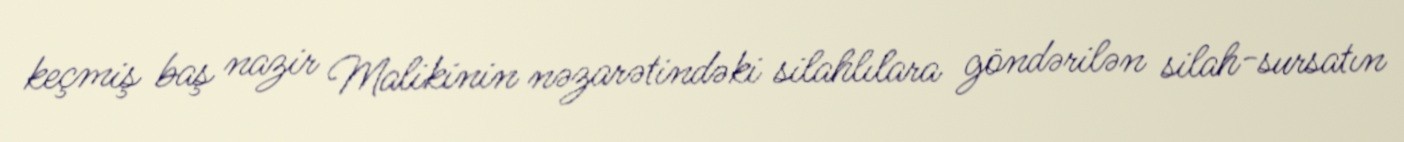
keçmiş baş nazir Malikinin nəzarətindəki silahlılara göndərilən silah-sursatın